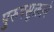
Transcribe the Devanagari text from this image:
पुरुषसूक्ताने